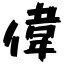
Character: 偉